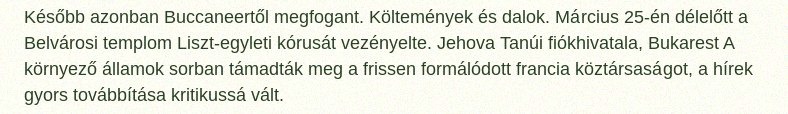
Később azonban Buccaneertől megfogant. Költemények és dalok. Március 25-én délelőtt a Belvárosi templom Liszt-egyleti kórusát vezényelte. Jehova Tanúi fiókhivatala, Bukarest A környező államok sorban támadták meg a frissen formálódott francia köztársaságot, a hírek gyors továbbítása kritikussá vált.